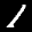
Label: 1